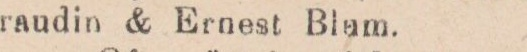
raudin & Ernest Blam.